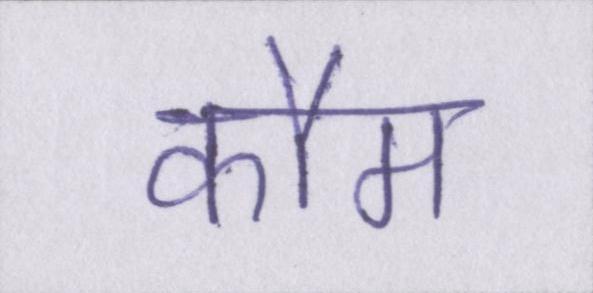
कौम